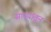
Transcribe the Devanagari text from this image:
सार्‍यांतून